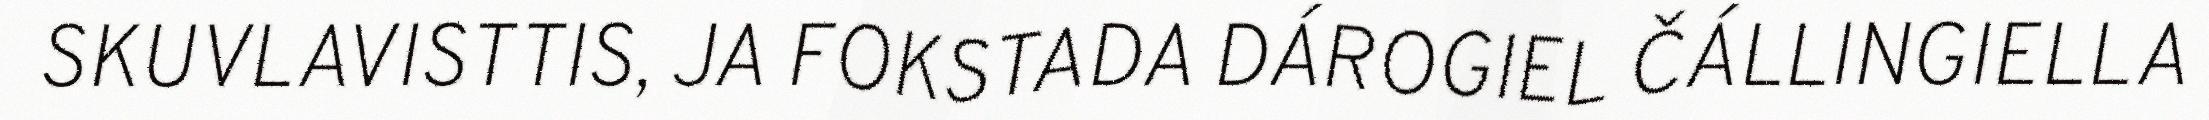
SKUVLAVISTTIS, JA FOKSTADA DÁROGIEL ČÁLLINGIELLA